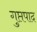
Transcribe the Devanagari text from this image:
गुप्तपाद